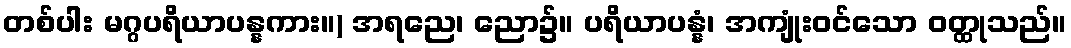
တစ်ပါး မဂ္ဂပရိယာပန္နကား။) အရညေ၊ ညော၌။ ပရိယာပန္နံ၊ အကျုံးဝင်သော ဝတ္ထုသည်။